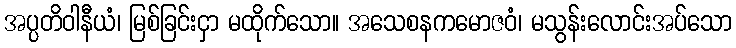
အပ္ပတိဝါနီယံ၊ မြစ်ခြင်းငှာ မထိုက်သော။ အသေစနကမောဇဝံ၊ မသွန်းလောင်းအပ်သော